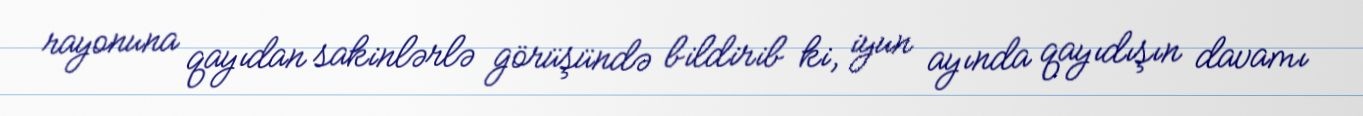
rayonuna qayıdan sakinlərlə görüşündə bildirib ki, iyun ayında qayıdışın davamı